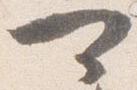
可